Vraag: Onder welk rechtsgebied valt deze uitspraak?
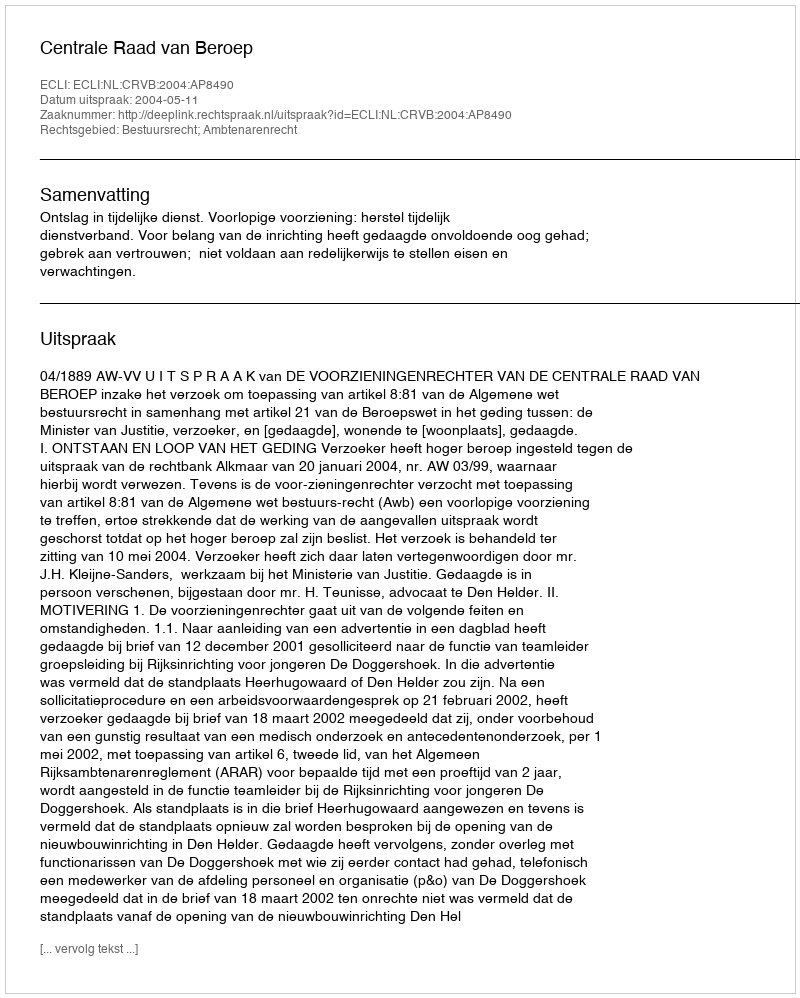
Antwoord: Bestuursrecht; Ambtenarenrecht